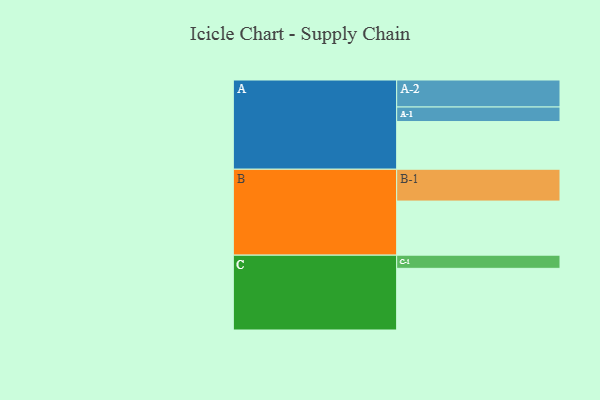
{"axis": {"x": "Segment", "y": "Value"}, "legend": ["", "A", "B", "C"], "data": [{"x": "A", "y": 417, "type": ""}, {"x": "B", "y": 473, "type": ""}, {"x": "C", "y": 539, "type": ""}, {"x": "A-1", "y": 127, "type": "A"}, {"x": "A-2", "y": 236, "type": "A"}, {"x": "B-1", "y": 278, "type": "B"}, {"x": "C-1", "y": 115, "type": "C"}]}